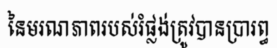
នៃមរណភាពរបស់រំផ្លង់ត្រូវបានប្រារព្ធ